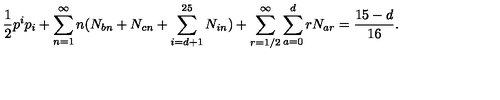
\frac { 1 } { 2 } p ^ { i } p _ { i } + \sum _ { n = 1 } ^ { \infty } n ( N _ { b n } + N _ { c n } + \sum _ { i = d + 1 } ^ { 2 5 } N _ { i n } ) + \sum _ { r = 1 / 2 } ^ { \infty } \sum _ { a = 0 } ^ { d } r N _ { a r } = { \frac { 1 5 - d } { 1 6 } } .